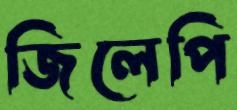
জিলেপি